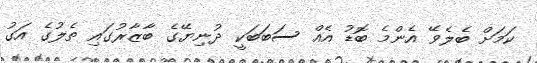
ކަމަށް ބެލެވޭ އެންމެ ބޮޑު އެއް ސަބަބަކީ ދުނިޔޭގެ ބާޒާރުގައި ތެލުގެ އަގު